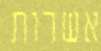
אשרות